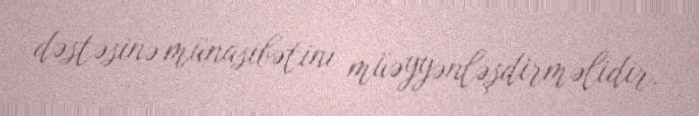
dəstəsinə münasibətini müəyyənləşdirməlidir.